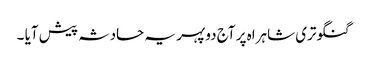
گنگوتری شاہراہ پر آج دوپہر یہ حادثہ پیش آیا ۔